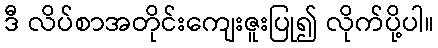
ဒီ လိပ်စာအတိုင်းကျေးဇူးပြု၍ လိုက်ပို့ပါ။